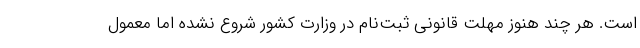
است. هر چند هنوز مهلت قانونی ثبت‌نام در وزارت کشور شروع نشده اما معمول